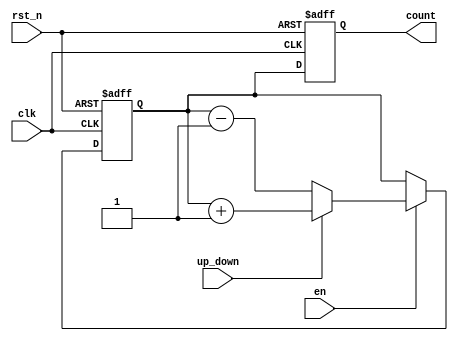
module ChainedParallelCounter (
    input wire clk,          // Clock input
    input wire rst_n,       // Asynchronous active low reset
    input wire en,          // Enable signal
    input wire up_down,     // Count direction: 1 for up, 0 for down
    output reg [N-1:0] count // Output count value (N-bit)
);

parameter N = 4; // Specify the width of the counter (4-bit counter)

// Chained Configuration
reg [N-1:0] fb; // Flip-flops for ripple counter

always @(posedge clk or negedge rst_n) begin
    if (!rst_n) begin
        // Asynchronous reset
        fb <= {N{1'b0}}; // Reset all bits to zero
    end else if (en) begin
        // Count logic
        if (up_down) begin
            // Count up
            fb <= fb + 1;
        end else begin
            // Count down
            fb <= fb - 1;
        end
    end
end

// Output assignment
always @(posedge clk or negedge rst_n) begin
    if (!rst_n) begin
        count <= {N{1'b0}};
    end else begin
        count <= fb;
    end
end

endmodule